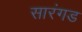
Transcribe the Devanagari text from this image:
सारंगड